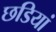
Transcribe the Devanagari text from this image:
छडियां